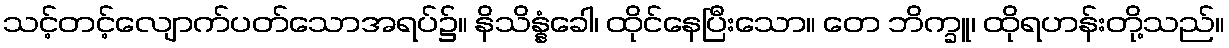
သင့်တင့်လျောက်ပတ်သောအရပ်၌။ နိသိန္နံခေါ၊ ထိုင်နေပြီးသော။ တေ ဘိက္ခူ၊ ထိုရဟန်းတို့သည်။